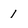
Character: 1